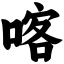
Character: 喀